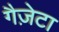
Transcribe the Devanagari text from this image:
गैज़ेटा